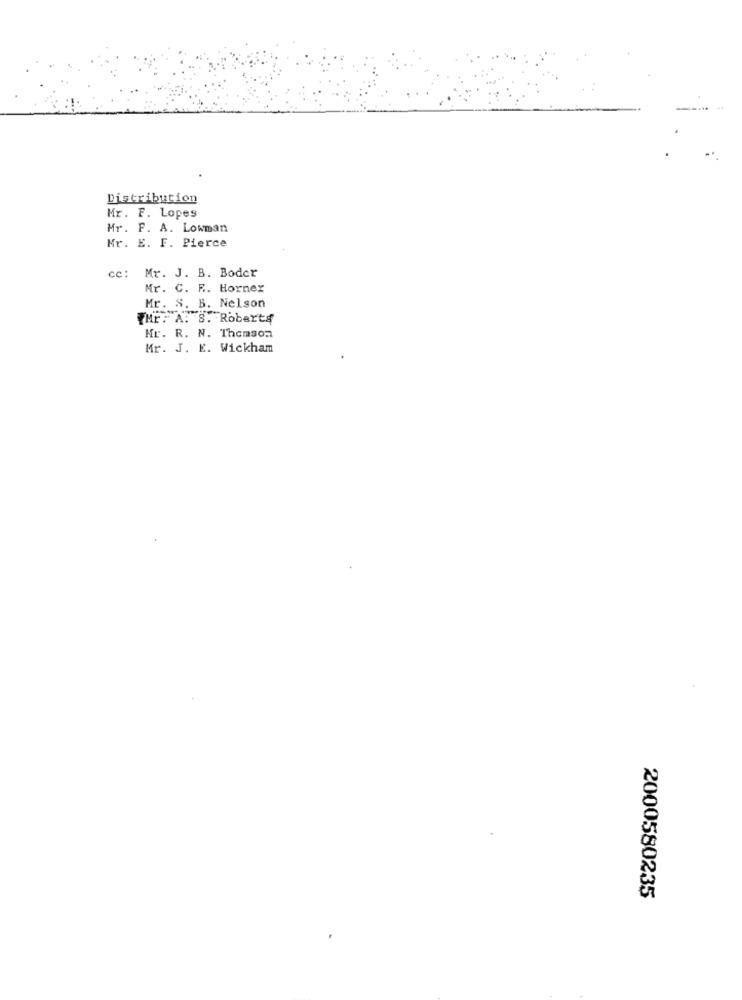
Distribution
Mr. F. Lopes
Mr. F. A. Lowman
Mr. E. F. Pierce
cc: Mr. J. B. Boder
Mr. C. R. Horner
Mr. S. B. Nelson
.A. S. Roberts
Mr. R. N. Thomson
Mr. J. E. Wickham
2000580235